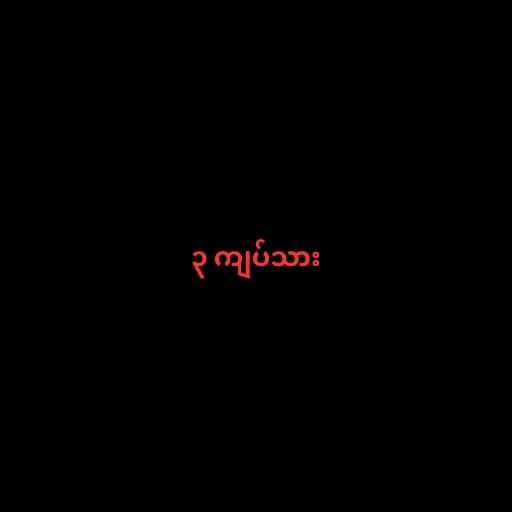
၃ ကျပ်သား